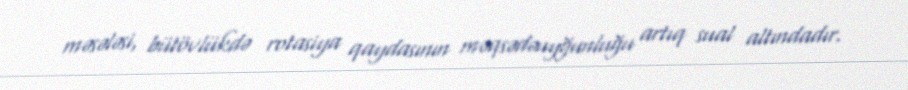
məsələsi, bütövlükdə rotasiya qaydasının məqsədəuyğunluğu artıq sual altındadır.